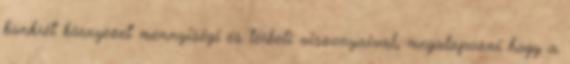
konkrét környezet mennyiségi és térbeli viszonyaival, megalapozni hogy a